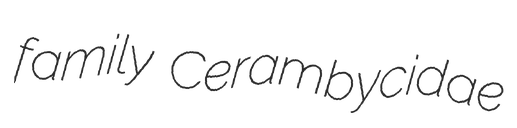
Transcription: family Cerambycidae